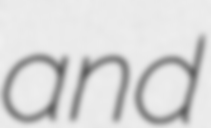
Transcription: and